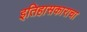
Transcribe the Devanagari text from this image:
इतिहासकाराचा